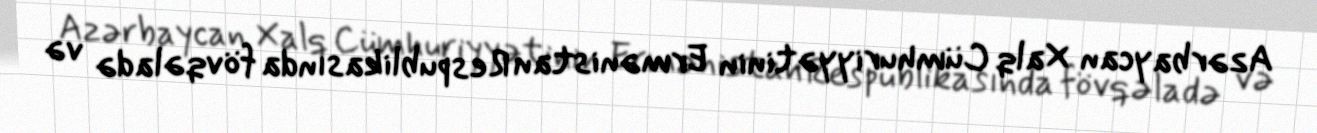
Azərbaycan Xalq Cümhuriyyətinin Ermənistan Respublikasında fövqəladə və